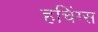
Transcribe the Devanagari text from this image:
हचिंग्स